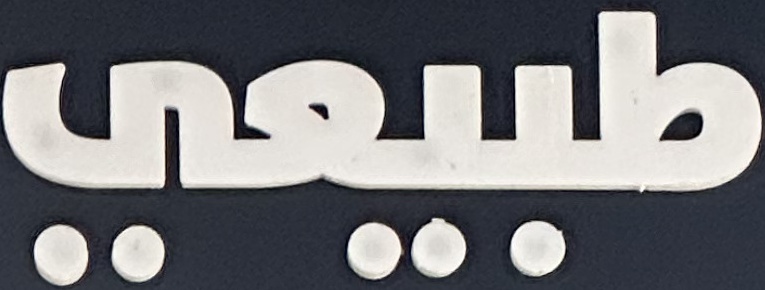
طبيعي